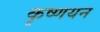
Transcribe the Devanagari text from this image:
कृष्णयन